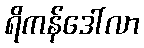
ရိကန်ဒေါ်လာ